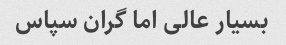
بسیار عالی اما گران سپاس